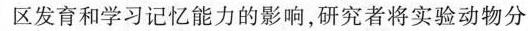
区发育和学习记忆能力的影响，研究者将实验动物分